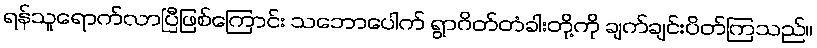
ရန်သူရောက်လာပြီဖြစ်ကြောင်း သဘောပေါက် ရွာဂိတ်တံခါးတို့ကို ချက်ချင်းပိတ်ကြသည်။